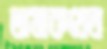
তামাকখেত